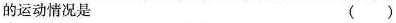
的运动情况是 ( )